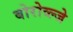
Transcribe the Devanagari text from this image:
बोरोव्ल्जे